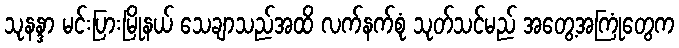
သုနန္ဒာ မင်းပြားမြိုနယ် သေချာသည်အထိ လက်နက်စုံ သုတ်သင်မည် အတွေ့အကြုံတွေက